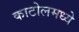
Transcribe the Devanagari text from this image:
काटोलमध्ये